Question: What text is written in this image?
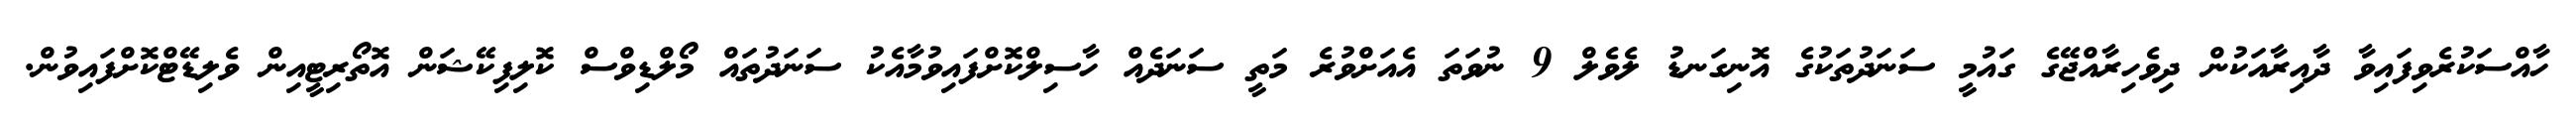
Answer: ހާއްސަކުރެވިފައިވާ ދާއިރާއަކުން ދިވެހިރާއްޖޭގެ ގައުމީ ސަނަދުތަކުގެ އޮނިގަނޑު ލެވެލް 9 ނުވަތަ އެއަށްވުރެ މަތީ ސަނަދެއް ހާސިލްކޮށްފައިވުމާއެކު ސަނަދުތައް މޯލްޑިވްސް ކޮލިފިކޭޝަން އޮތޯރިޓީއިން ވެލިޑޭޓްކޮށްފައިވުން.